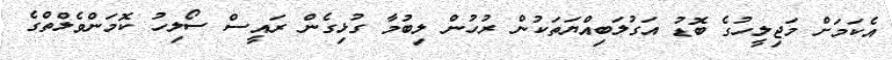
އެކަމަށް މަޖިލީހުގެ ބޮޑު އަގުލަބިއްޔަތަކުން ރުހުން ލިބުމާ ގުޅިގެން ރައީސް ސޯލިހު ކޮމަންވެލްތްގެ